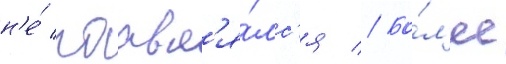
н'е́ поавл'я́лс'я // Бо́л'ее